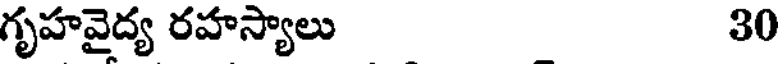
గృహవైద్య రహస్యాలు 30